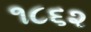
૧૮૬૨